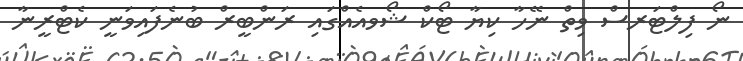
ނޯ ފިލްޓަރސް ވިތް ނޭހާ ކިޔާ ޓޯކް ޝޯވއެއްގައި ރަންބީރް ބުނެފައިވަނީ ކެޓްރީނާ